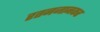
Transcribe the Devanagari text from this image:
रतनजानकर